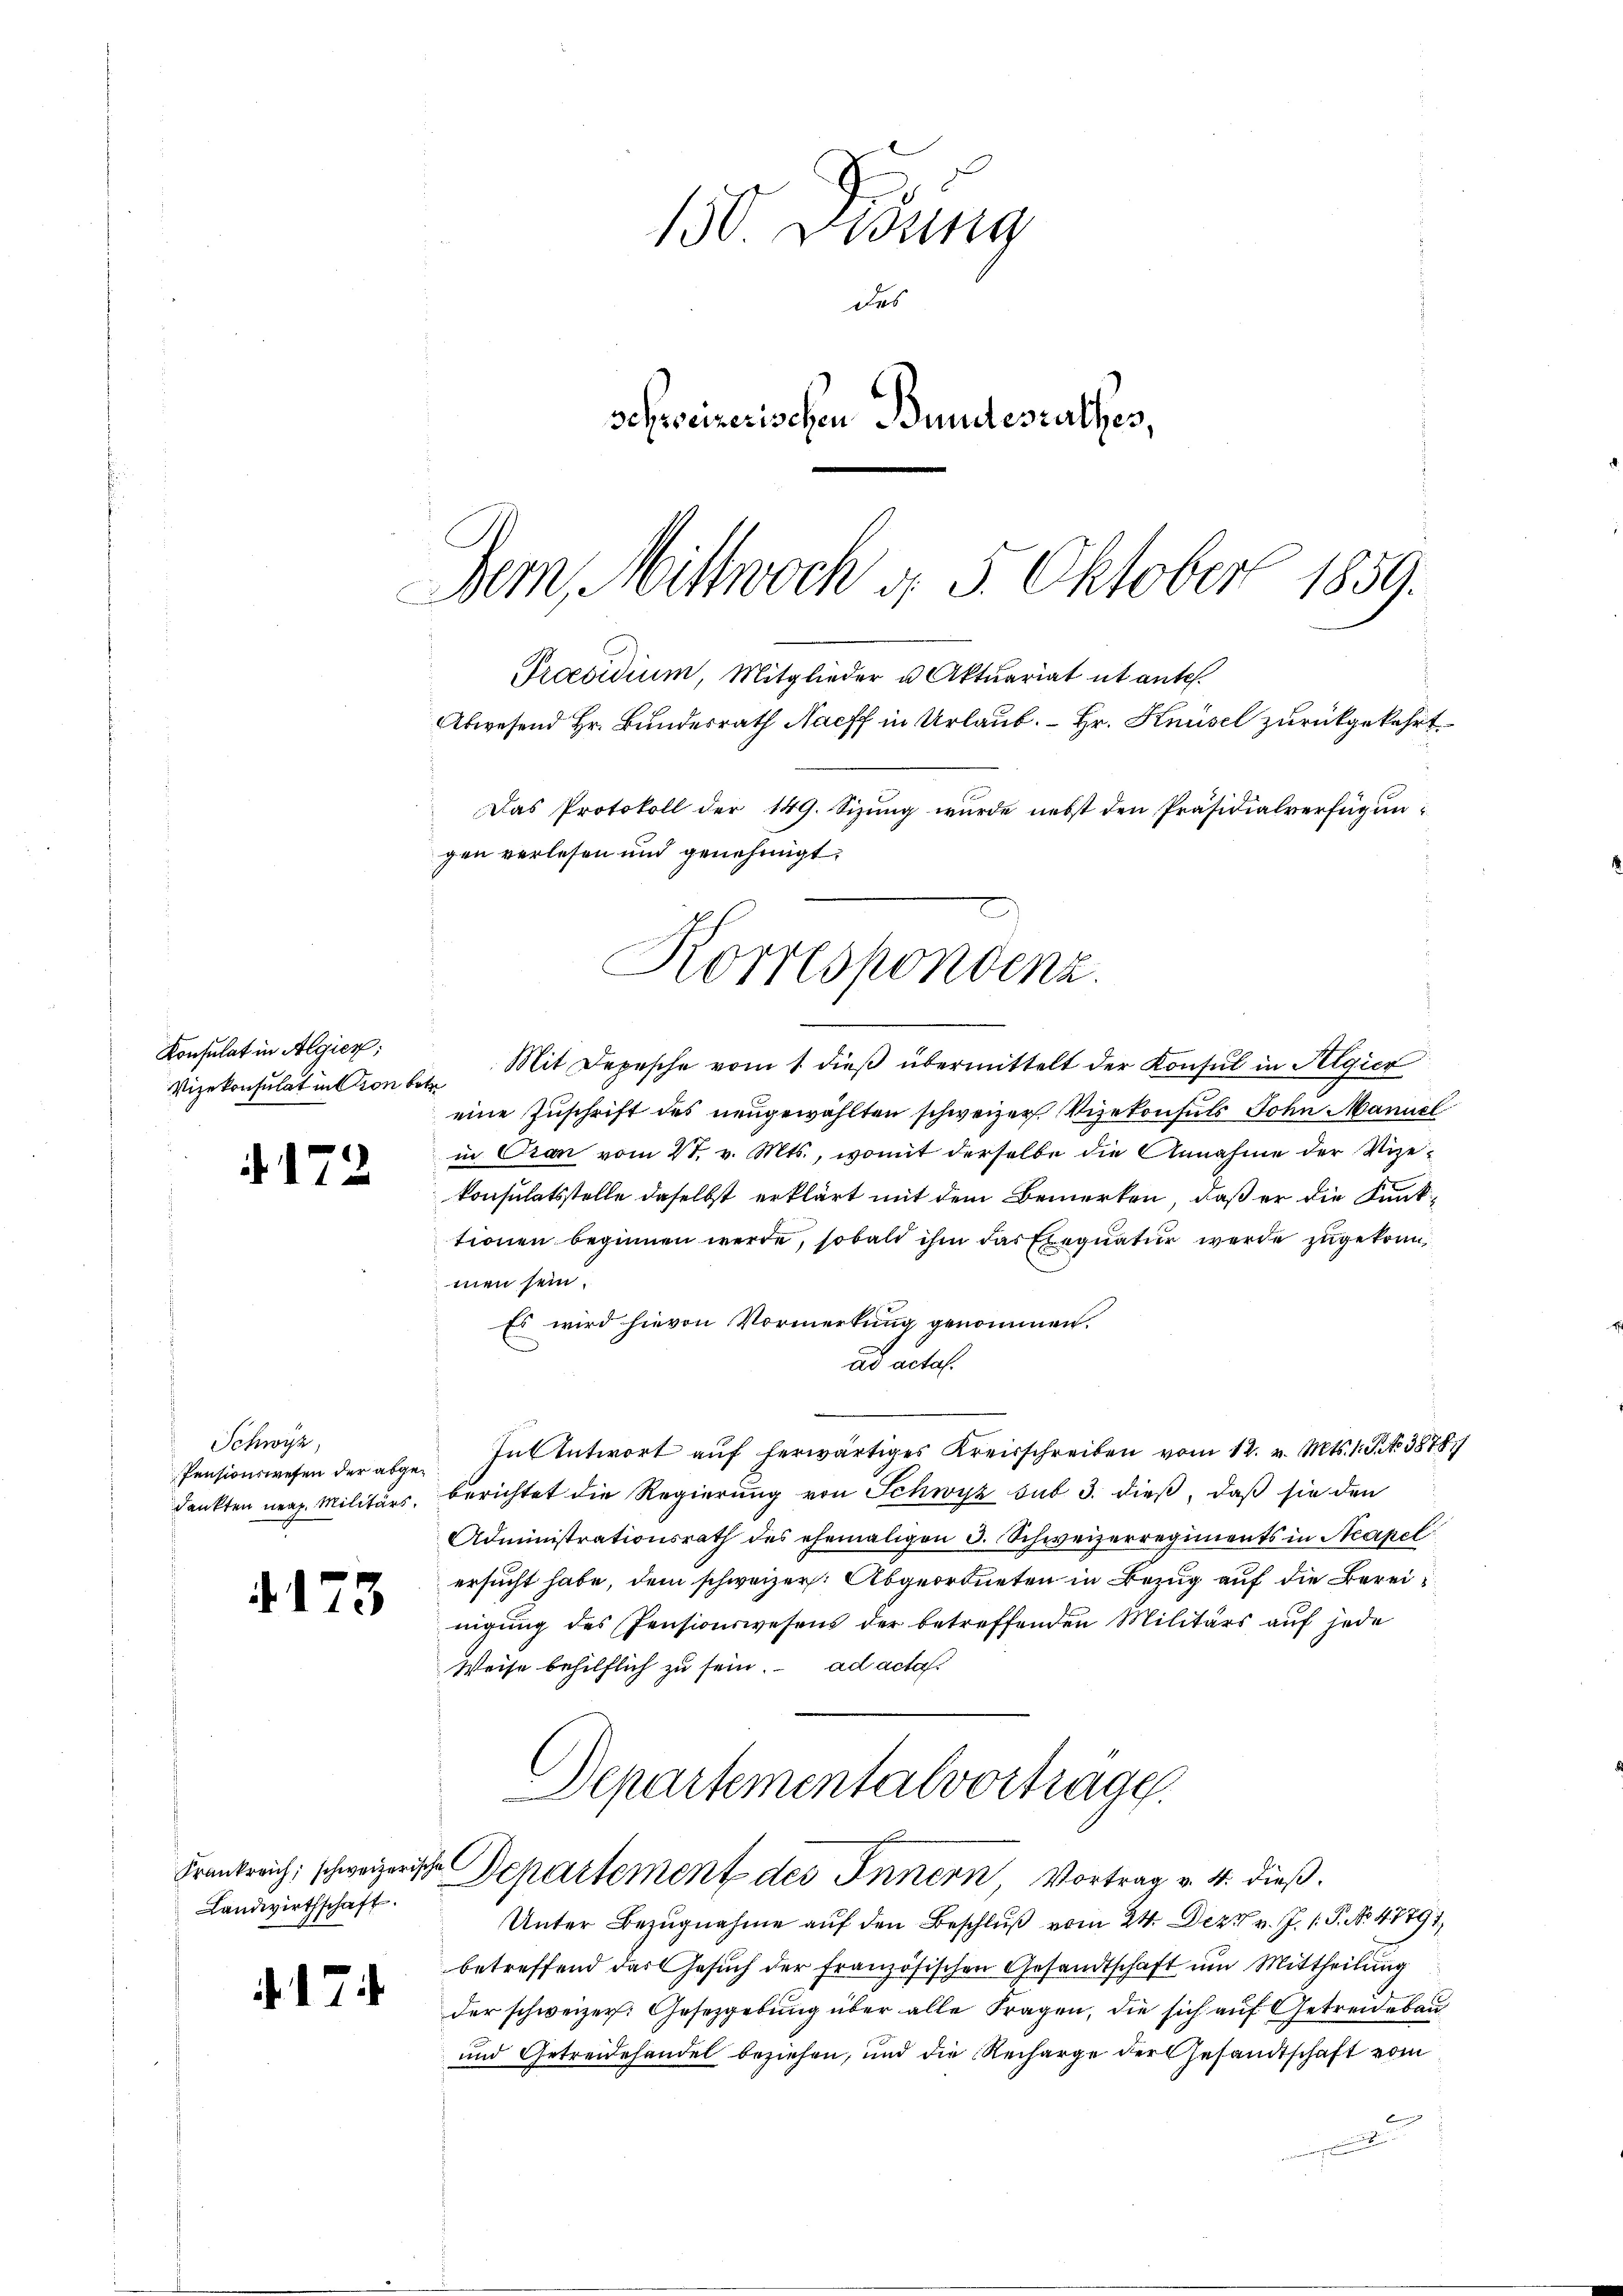
Konsulat in Algien;

. 172.

Schwyz,

4173

Landwirthschaft.

.17

150 Didung
Des
schweizerischen Bundesrathes,
Dem Mittwoch d. 5. Oktober 1859.

Praesidium, Mitglieder u. Aktuariat ut ante.
Abwesend Hr. Bundesrath Nach in Urlaub. Hr. Knüsel zurückgekehrt.
Das Protokoll der 149. Sizung wurde nebst den Präsidialverfügungen verlesen und genehmigt.
Korrespondenz.

Vizekonsulatinktion bet. Mit Depesche vom 1. dieβ übermittelt der Konsul in Algier
eine Zuschrift des neugewählten schweizer Vizekonsuls John Manuel
in Cran vom 27. v. Mts., womit derselbe die Annahme der Vize-
konsulatsstelle daselbst erklärt mit dem Bemerken, daß er die Kunktionen beginnen werde, sobald ihm das Exequatur werde zugekommen sein.
Es wird hievon Vormerkung genommen.
ad acta.
Pensionswesen der abge-Intentwort auf herwärtiges Kreisschreiben vom 12. v. Mts. 1. P. Nr. 3878.
dankten neap. Militärs, berichtet die Regierung von Schwyz sub 3. dieß, daß sie den
Administrationsrath des ehemaligen 3. Schweizerregiments in Neapel
ersucht habe, dem schweizer. Abgeordneten in Bezug auf die Bereinigung des Pensionswesens der betreffenden Militärs auf jede
Weise behilflich zu sein. ad acta
Departementalvortrage
Frankreich, schweizerische Departement des Innern Vortrag v. 4. dieß¬
Unter Bezugnahme auf den Beschluß vom 24. Dez. v. J. P. Nr. 48791/
betreffend das Gesuch der französischen Gesandtschaft um Mittheilung
der schweizer: Gesetzgebung über alle Fragen, die sich auf Getreidebau
und Getreidehandel beziehen, und die Recharge der Gesandtschaft vom
l
e